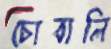
চোবালি